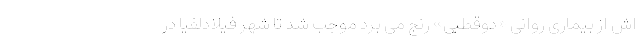
اش از بیماری روانی «دوقطبی» رنج می برد موجب شد تا شهر فیلادلفیا در